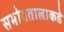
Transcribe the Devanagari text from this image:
सभोवतालाकडे